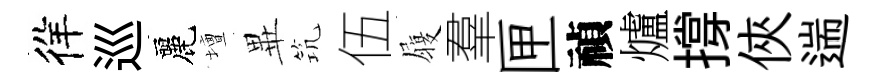
徉巡麗壇𭺾𥬑伍履羣匣禎爐撐俠遄